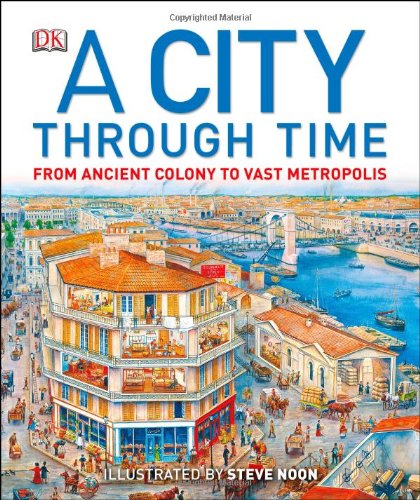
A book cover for A City Through Time; Philip Steele; Children's Books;